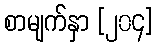
စာမျက်နှာ [၂၀၄]